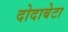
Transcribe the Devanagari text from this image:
दोदाबेटा